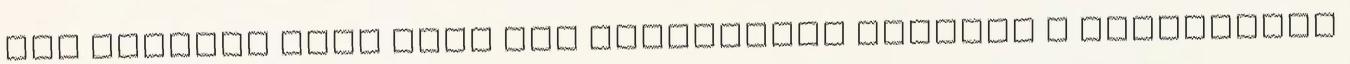
itt azonban több mint egy tucatnyian utaznak a Prometheus